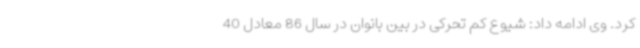
کرد. وی ادامه داد: شیوع کم تحرکی در بین بانوان در سال 86 معادل 40